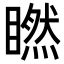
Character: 𥊶